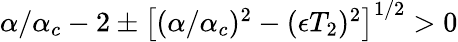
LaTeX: \begin{array}{r}{\alpha/\alpha_{c}-2\pm\left[(\alpha/\alpha_{c})^{2}-(\epsilon T_{2})^{2}\right]^{1/2}>0}\end{array}